Annual report of the Punjab Veterinary College and of the Civil Veterinary Department, Punjab - 1920-1925
Year: 1920
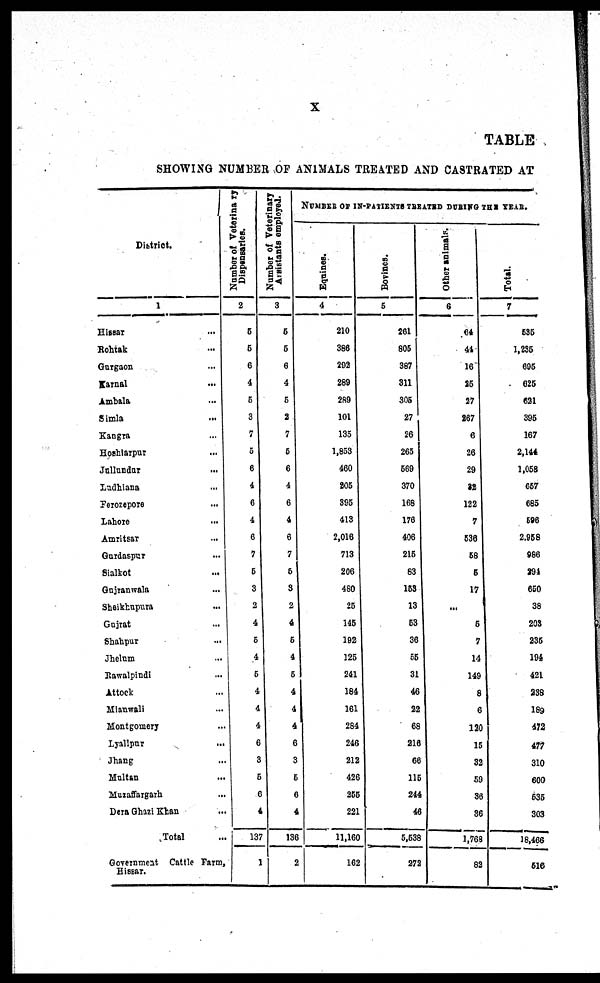
x
TABLE
SHOWI NG NUMBER O F ANIMALS TREATED A N D CASTRATED A T
District.
1
Hi ssar . . .
Roht ak ...
Gurgaon ...
Karnal . . .
Ambal a
Si ml a ...
Kangra . . .
Hoshi arpur ...
Jul l undur . . .
Ludhi ana
Ferozepore . . .
Lahore ...
Amri t sar ...
Gurdaspur ...
Si al kot ...
Guj ranwal a ...
Shei khupura ...
Guj rat ...
Shahpur ...
Jhel um ...
Rawal pi ndi ...
At t ock ...
Mi anwal i ...
Mont gomer y ...
Lyal l pur ...
Jhang ...
Mul t an ...
Muzaf f ar gar h ...
Der a Ghazi Khan ...
Tot al ...
Gover nment Cat t l e Far m,
Hissar.
Number of Veterinary
Dispensaries.
2
5
5
6
4
5
3
7
5
6
4
6
4
6
7
6
3
2
4
5
4
5
4
4
4
6
3
5
6
4
137
1
Number of Veterinary
Assistants employed.
3
5
5
6
4
5
2
7
5
6
4
6
4
6
7
5
8
2
4
5
4
5
4
4
4
6
3
5
6
4
136
2
NUMBER OF I N- PATI ENTS TREATED DURI NG THE YEAR.
Equines.
4
210
386
292
289
289
101
135
1, 853
460
205
395
413
2, 016
713
206
480
25
145
192
125
241
184
161
284
246
212
426
255
221
11, 160
162
Bovines.
5
261
805
387
311
305
27
26
265
569
370
168
176
406
215
83
153
13
53
36
55
31
46
22
68
216
66
115
244
46
5,538
272
Other animals.
6
64
44
16
25
27
267
6
26
29
22
122
7
536
58
6
17
...
5
7
14
149
8
6
120
15
32
59
36
36
1, 768
82
Total.
7
535
1, 235
695
625
621
395
167
2, 144
1, 058
657
685
596
2, 968
986
294
650
38
208
235
194
421
238
189
472
477
310
600
535
303
18, 466
516